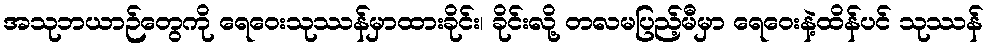
အသုဘယာဉ်တွေကို ရေဝေးသုဿန်မှာထားခိုင်း၊ ခိုင်းလို့ တလမပြည့်မီမှာ ရေဝေးနဲ့ထိန်ပင် သုဿန်